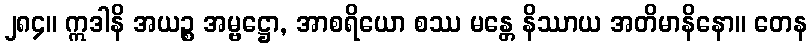
၂၈၄။ ဣဒါနိ အယဉ္စ အမ္ဗဋ္ဌော, အာစရိယော စဿ မန္တေ နိဿာယ အတိမာနိနော။ တေန